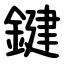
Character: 鍵